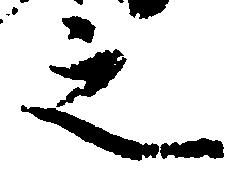
之